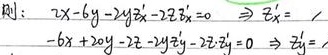
则：$\begin{cases}2x - 6y - 2y{z}_{x}'-2z - 2z{z}_{x}' = 0 \Rightarrow {z}_{x}' =  \\-6x + 20y - 2z - 2y{z}_{y}' - 2z{z}_{y}' = 0 \Rightarrow {z}_{y}'=\end{cases}$